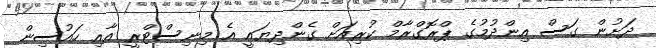
ދަށުން ގަސް އިންދުމުގެ ޕްރޮގްރާމް ކުރިއަށް ގެންދިޔައީ އެ މިނިސްޓްރީ އާއި ހައުސިން